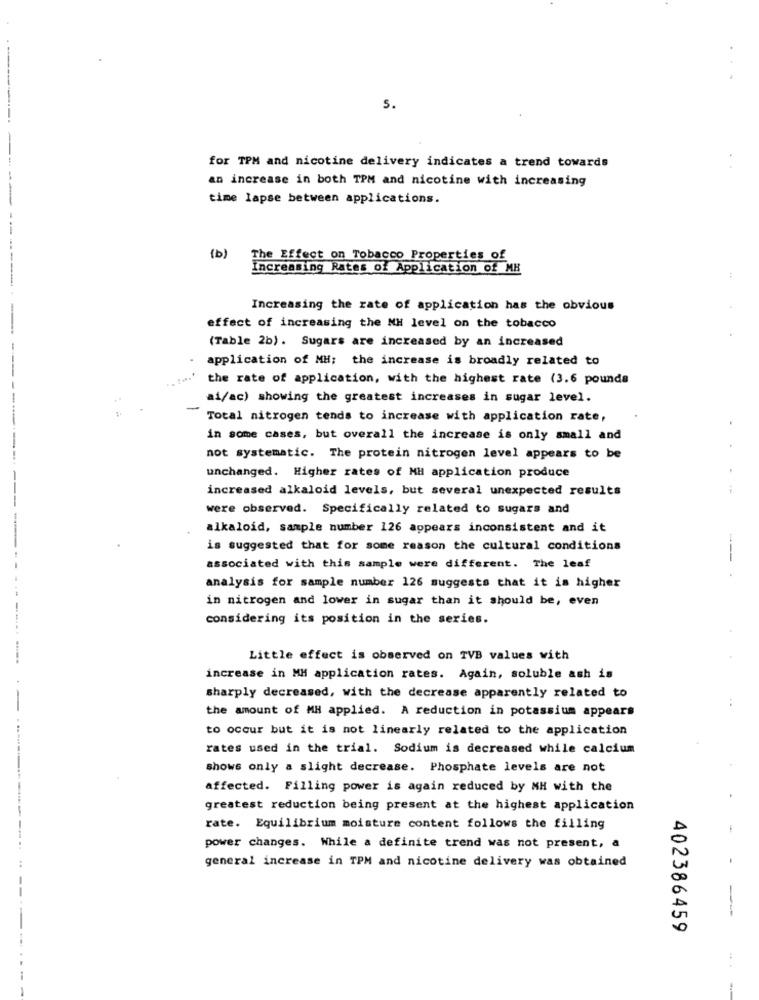
5.
for TPM and nicotine delivery indicates a trend towards
an increase in both TPM and nicotine with increasing
time lapse between applications.
(b)
The Effect on Tobacco Properties of
Increasing Rates of Application of MH
Increasing the rate of application has the obvious
effect of increasing the NH level on the tobacco
(Table 2b). Sugars are increased by an increased
application of MH; the increase is broadly related to
the rate of application, with the highest rate (3.6 pounds
ai/ac) showing the greatest increases in sugar level.
-
Total nitrogen tends to increase with application rate,
in some cases, but overall the increase is only small and
not systematic. The protein nitrogen level appears to be
unchanged. Higher rates of MH application produce
increased alkaloid levels, but several unexpected results
were observed. Specifically related to sugars and
alkaloid, sample number 126 appears inconsistent and it
is suggested that for some reason the cultural conditions
---
associated with this sample were different. The leaf
analysis for sample number 126 suggests that it is higher
in nitrogen and lower in sugar than it should be, even
considering its position in the series.
Little effect is observed on TVB values with
increase in MH application rates. Again, soluble ash is
sharply decreased, with the decrease apparently related to
the amount of MH applied. A reduction in potassium appears
to occur but it is not linearly related to the application
rates used in the trial. Sodium is decreased while calcium
shows only a slight decrease. Phosphate levels are not
affected. Filling power is again reduced by MH with the
greatest reduction being present at the highest application
rate. Equilibrium moisture content follows the filling
power changes. While a definite trend was not present, a
general increase in TPM and nicotine delivery was obtained
402386459